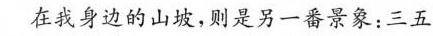
在我身边的山坡，则是另一番景象：三五头水